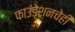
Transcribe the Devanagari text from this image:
फाउंडेशनचेही